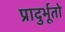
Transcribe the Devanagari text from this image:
प्रादुर्भूतो